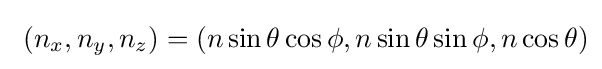
\ (n_{x},n_{y},n_{z})=(n\sin \theta \cos \phi ,n\sin \theta \sin \phi ,n\cos \theta )